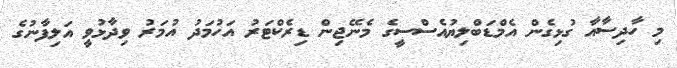
މި ހާދިސާއާ ގުޅިގެން އެމްޑަބްލިޔުއެސްސީގެ މެނޭޖިން ޑިރެކްޓަރު އަހުމަދު އުމަރު ވިދާޅުވީ އަލިފާނުގެ